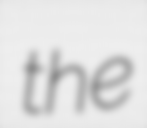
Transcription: the